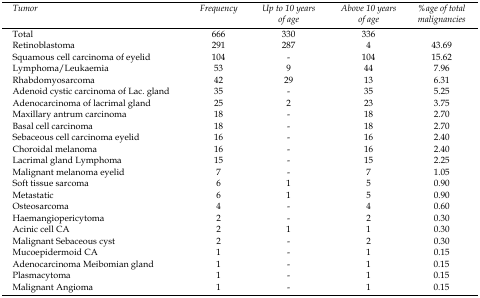
<table><thead><tr><td><b>Tumor</b></td><td><b>Frequency</b></td><td><b>Up to 10 years of age</b></td><td><b>Above 10 years of age</b></td><td><b>%age of total malignancies</b></td></tr></thead><tbody><tr><td>Total</td><td>666</td><td>330</td><td>336</td><td></td></tr><tr><td>Retinoblastoma</td><td>291</td><td>287</td><td>4</td><td>43.69</td></tr><tr><td>Squamous cell carcinoma of eyelid</td><td>104</td><td>-</td><td>104</td><td>15.62</td></tr><tr><td>Lymphoma/Leukaemia</td><td>53</td><td>9</td><td>44</td><td>7.96</td></tr><tr><td>Rhabdomyosarcoma</td><td>42</td><td>29</td><td>13</td><td>6.31</td></tr><tr><td>Adenoid cystic carcinoma of Lac. gland</td><td>35</td><td>-</td><td>35</td><td>5.25</td></tr><tr><td>Adenocarcinoma of lacrimal gland</td><td>25</td><td>2</td><td>23</td><td>3.75</td></tr><tr><td>Maxillary antrum carcinoma</td><td>18</td><td>-</td><td>18</td><td>2.70</td></tr><tr><td>Basal cell carcinoma</td><td>18</td><td>-</td><td>18</td><td>2.70</td></tr><tr><td>Sebaceous cell carcinoma eyelid</td><td>16</td><td>-</td><td>16</td><td>2.40</td></tr><tr><td>Choroidal melanoma</td><td>16</td><td>-</td><td>16</td><td>2.40</td></tr><tr><td>Lacrimal gland Lymphoma</td><td>15</td><td>-</td><td>15</td><td>2.25</td></tr><tr><td>Malignant melanoma eyelid</td><td>7</td><td>-</td><td>7</td><td>1.05</td></tr><tr><td>Soft tissue sarcoma</td><td>6</td><td>1</td><td>5</td><td>0.90</td></tr><tr><td>Metastatic</td><td>6</td><td>1</td><td>5</td><td>0.90</td></tr><tr><td>Osteosarcoma</td><td>4</td><td>-</td><td>4</td><td>0.60</td></tr><tr><td>Haemangiopericytoma</td><td>2</td><td>-</td><td>2</td><td>0.30</td></tr><tr><td>Acinic cell CA</td><td>2</td><td>1</td><td>1</td><td>0.30</td></tr><tr><td>Malignant Sebaceous cyst</td><td>2</td><td>-</td><td>2</td><td>0.30</td></tr><tr><td>Mucoepidermoid CA</td><td>1</td><td>-</td><td>1</td><td>0.15</td></tr><tr><td>Adenocarcinoma Meibomian gland</td><td>1</td><td>-</td><td>1</td><td>0.15</td></tr><tr><td>Plasmacytoma</td><td>1</td><td>-</td><td>1</td><td>0.15</td></tr><tr><td>Malignant Angioma</td><td>1</td><td>-</td><td>1</td><td>0.15</td></tr></tbody></table>